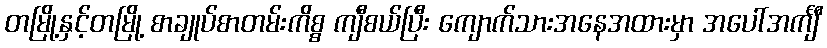
တမြို့နှင့်တမြို့ စာချုပ်စာတမ်းကိစ္စ ကျီစယ်ပြီး ကျောက်သားအနေအထားမှာ အပေါ်အင်္ကျီ